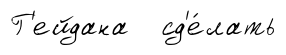
Г'ейдана сд'е́лать